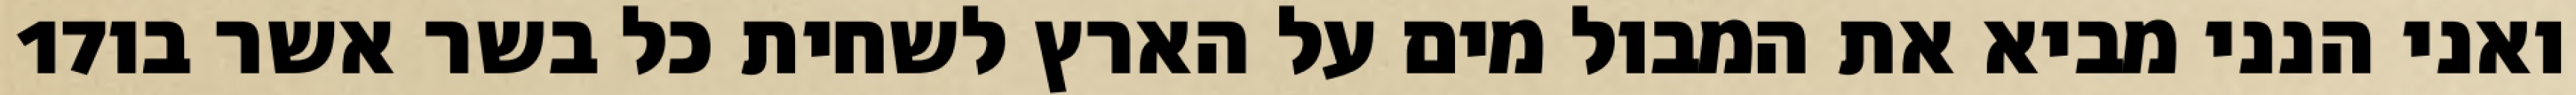
‎17‏ ואני הנני מביא את המבול מים על הארץ לשחית כל בשר אשר בו